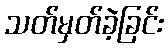
သတ်မှတ်ခဲ့ခြင်း